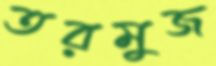
তরমুজ